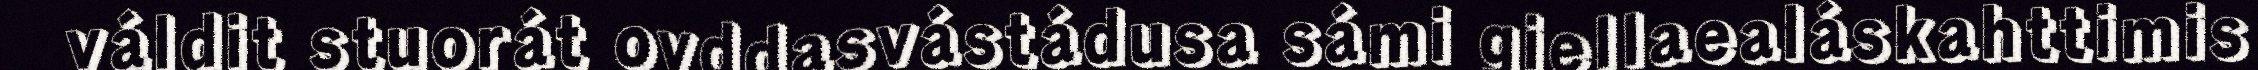
váldit stuorát ovddasvástádusa sámi giellaealáskahttimis